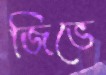
জিভে